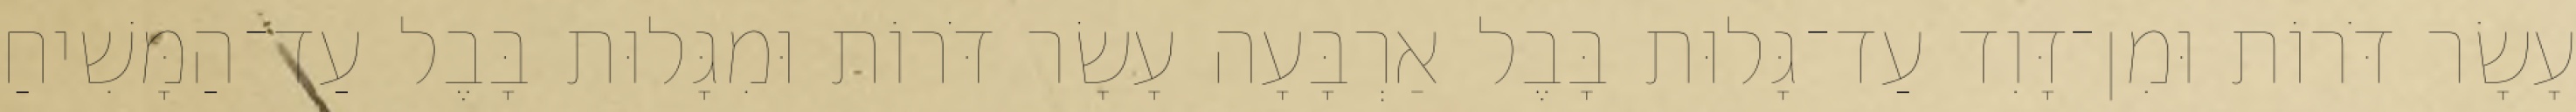
עָשָׂר דֹּרוֹת וּמִן־דָּוִד עַד־גָּלוּת בָּבֶל אַרְבָּעָה עָשָׂר דֹּרוֹת וּמִגָּלוּת בָּבֶל עַד־הַמָּשִׁיחַ